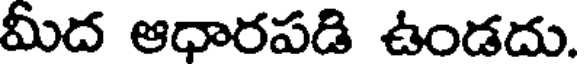
మీద ఆధారపడి ఉండదు.